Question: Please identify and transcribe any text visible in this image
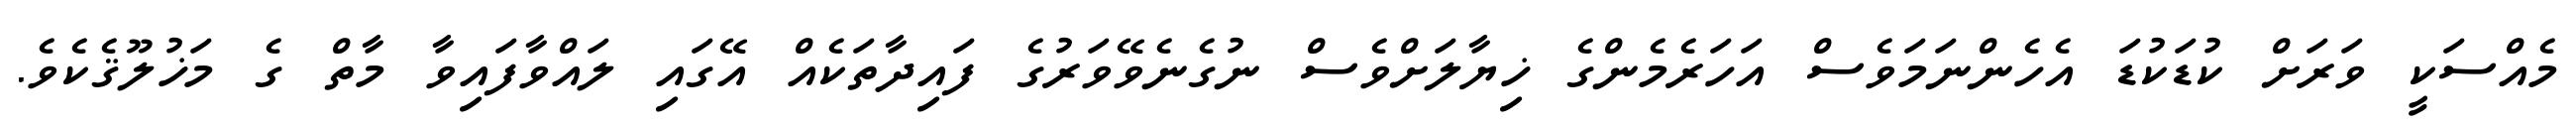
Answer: މެއްސަކީ ވަރަށް ކުޑަކުޑަ އެހެންނަމަވެސް އަހަރެމެންގެ ޚިޔާލަށްވެސް ނުގެނެވޭވަރުގެ ފައިދާތަކެއް އޭގައި ލައްވާފައިވާ މާތް ގެ މަޚުލޫޤެކެވެ.